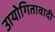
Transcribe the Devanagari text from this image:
उायोगितावादी